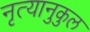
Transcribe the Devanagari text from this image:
नृत्यानुकुल